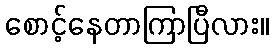
စောင့်နေတာကြာပြီလား။